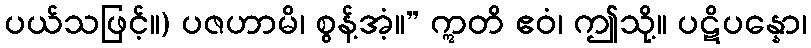
ပယ်သဖြင့်။) ပဇဟာမိ၊ စွန့်အံ့။” ဣတိ ဧဝံ၊ ဤသို့။ ပဋိပန္နော၊